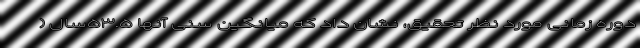
دوره زمانی مورد نظر تحقیق، نشان داد که میانگین سنی آنها ۵۳.۵سال (